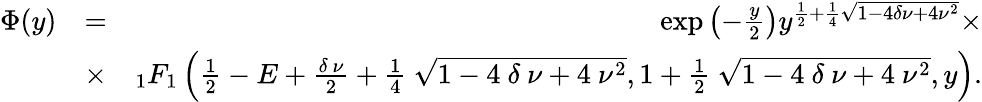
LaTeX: \begin{array}{rlr}{\Phi(y)}&{=}&{\exp\left(-\frac{y}{2}\right)y^{\frac{1}{2}+\frac{1}{4}\sqrt{1-4\delta\nu+4\nu^{2}}}\times}\\ &{\times}&{_{1}F_{1}\left(\frac{1}{2}-E+\frac{\delta~\nu}{2}+\frac{1}{4}~\sqrt{1-4~\delta~\nu+4~\nu^{2}},1+\frac{1}{2}~\sqrt{1-4~\delta~\nu+4~\nu^{2}},y\right).}\end{array}